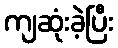
ကျဆုံးခဲ့ပြီး